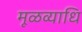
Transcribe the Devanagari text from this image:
मूळव्याधि